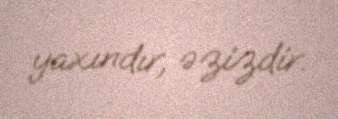
yaxındır, əzizdir.